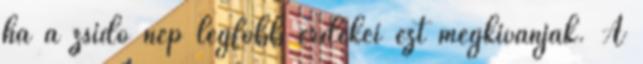
ha a zsidó nép legfőbb érdekei ezt megkívánják. A